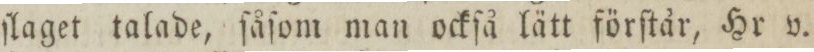
ſlaget talade, ſåſom man ockſå lätt förſtår, Hr v.